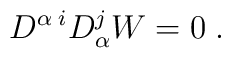
D^{\alpha\; i}D^{j}_\alpha W = 0\;.